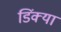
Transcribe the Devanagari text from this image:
डिंक्या